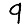
Digit: 9